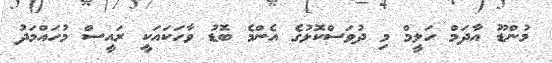
މުންޑޫ އާދަމް ހަލީމް މި ދުވަސްކޮޅުގެ އެންމެ ބޮޑު ވާހަކައަކީ ރައީސް މުހައްމަދު